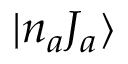
\ensuremath { | n _ { a } J _ { a } \rangle }